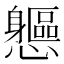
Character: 𨊘